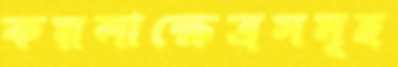
কয়লাক্ষেত্রসমূহ